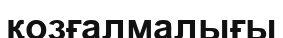
қозғалмалығы